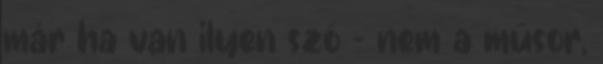
már ha van ilyen szó - nem a műsor,